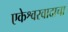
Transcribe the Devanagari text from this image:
एकेश्वरवादाचा